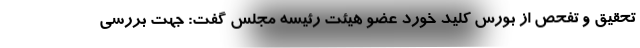
تحقیق و تفحص از بورس کلید خورد عضو هیئت رئیسه مجلس گفت: جهت بررسی